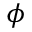
\phi